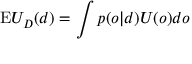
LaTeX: { \mathrm { E } } U _ { D } ( d ) = \int { p ( o | d ) U ( o ) d o }